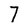
Character: 7